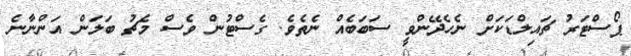
ޕޯސްޓަރު ޗައިލްޑަކަށް ނެހެދޭންވީ ސަބަބެއް ނެތެވެ. ގެސްޓުން ވެސް މެޗު ބަލަން އަންނާނެ